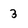
Character: 3